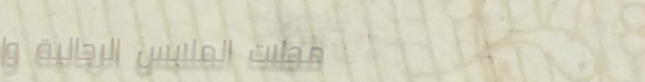
محلات الملابس الرجالية وا